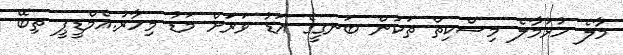
މާލެ ހުޅުމާލެ މިސްކިތް ތަކުން ބަނގީގެ އަޑު ވަރަށް މަޑު މިހާރު.އެމްޑީޕީ ތިބޭ